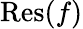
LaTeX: {\mathrm{Res}}(f)